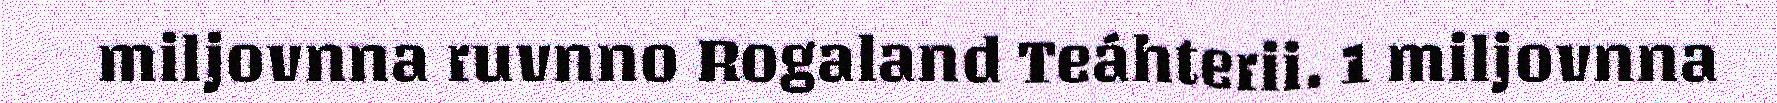
miljovnna ruvnno Rogaland Teáhterii. 1 miljovnna